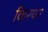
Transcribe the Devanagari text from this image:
किरयर